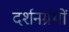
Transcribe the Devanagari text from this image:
दर्शनग्रंथों